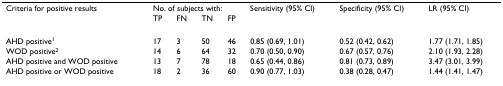
<table><thead><tr><td><b>Criteria for positive results</b></td><td colspan="4"><b>No. of subjects with:</b></td><td><b>Sensitivity (95% CI)</b></td><td><b>Specificity (95% CI)</b></td><td><b>LR (95% CI)</b></td></tr><tr><td></td><td><b>TP</b></td><td><b>FN</b></td><td><b>TN</b></td><td><b>FP</b></td><td></td><td></td><td></td></tr></thead><tbody><tr><td>AHD positive<sup>1</sup></td><td>17</td><td>3</td><td>50</td><td>46</td><td>0.85 (0.69, 1.01)</td><td>0.52 (0.42, 0.62)</td><td>1.77 (1.71, 1.85)</td></tr><tr><td>WOD positive<sup>2</sup></td><td>14</td><td>6</td><td>64</td><td>32</td><td>0.70 (0.50, 0.90)</td><td>0.67 (0.57, 0.76)</td><td>2.10 (1.93, 2.28)</td></tr><tr><td>AHD positive and WOD positive</td><td>13</td><td>7</td><td>78</td><td>18</td><td>0.65 (0.44, 0.86)</td><td>0.81 (0.73, 0.89)</td><td>3.47 (3.01, 3.99)</td></tr><tr><td>AHD positive or WOD positive</td><td>18</td><td>2</td><td>36</td><td>60</td><td>0.90 (0.77, 1.03)</td><td>0.38 (0.28, 0.47)</td><td>1.44 (1.41, 1.47)</td></tr></tbody></table>